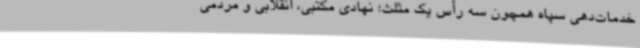
خدمات‌دهی سپاه همچون سه رأس یک مثلث؛ نهادی مکتبی، انقلابی و مردمی